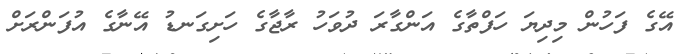
އޭގެ ފަހުން މިދިޔަ ހަފްތާގެ އަންގާރަ ދުވަހު ރާޖާގެ ހަށިގަނޑު އޭނާގެ އުފަންރަށް